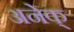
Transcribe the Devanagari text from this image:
अनेक्